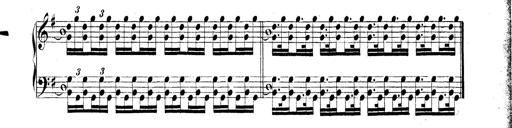
Title: Technische Studien
Composer: Franz Liszt